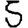
Digit: 5